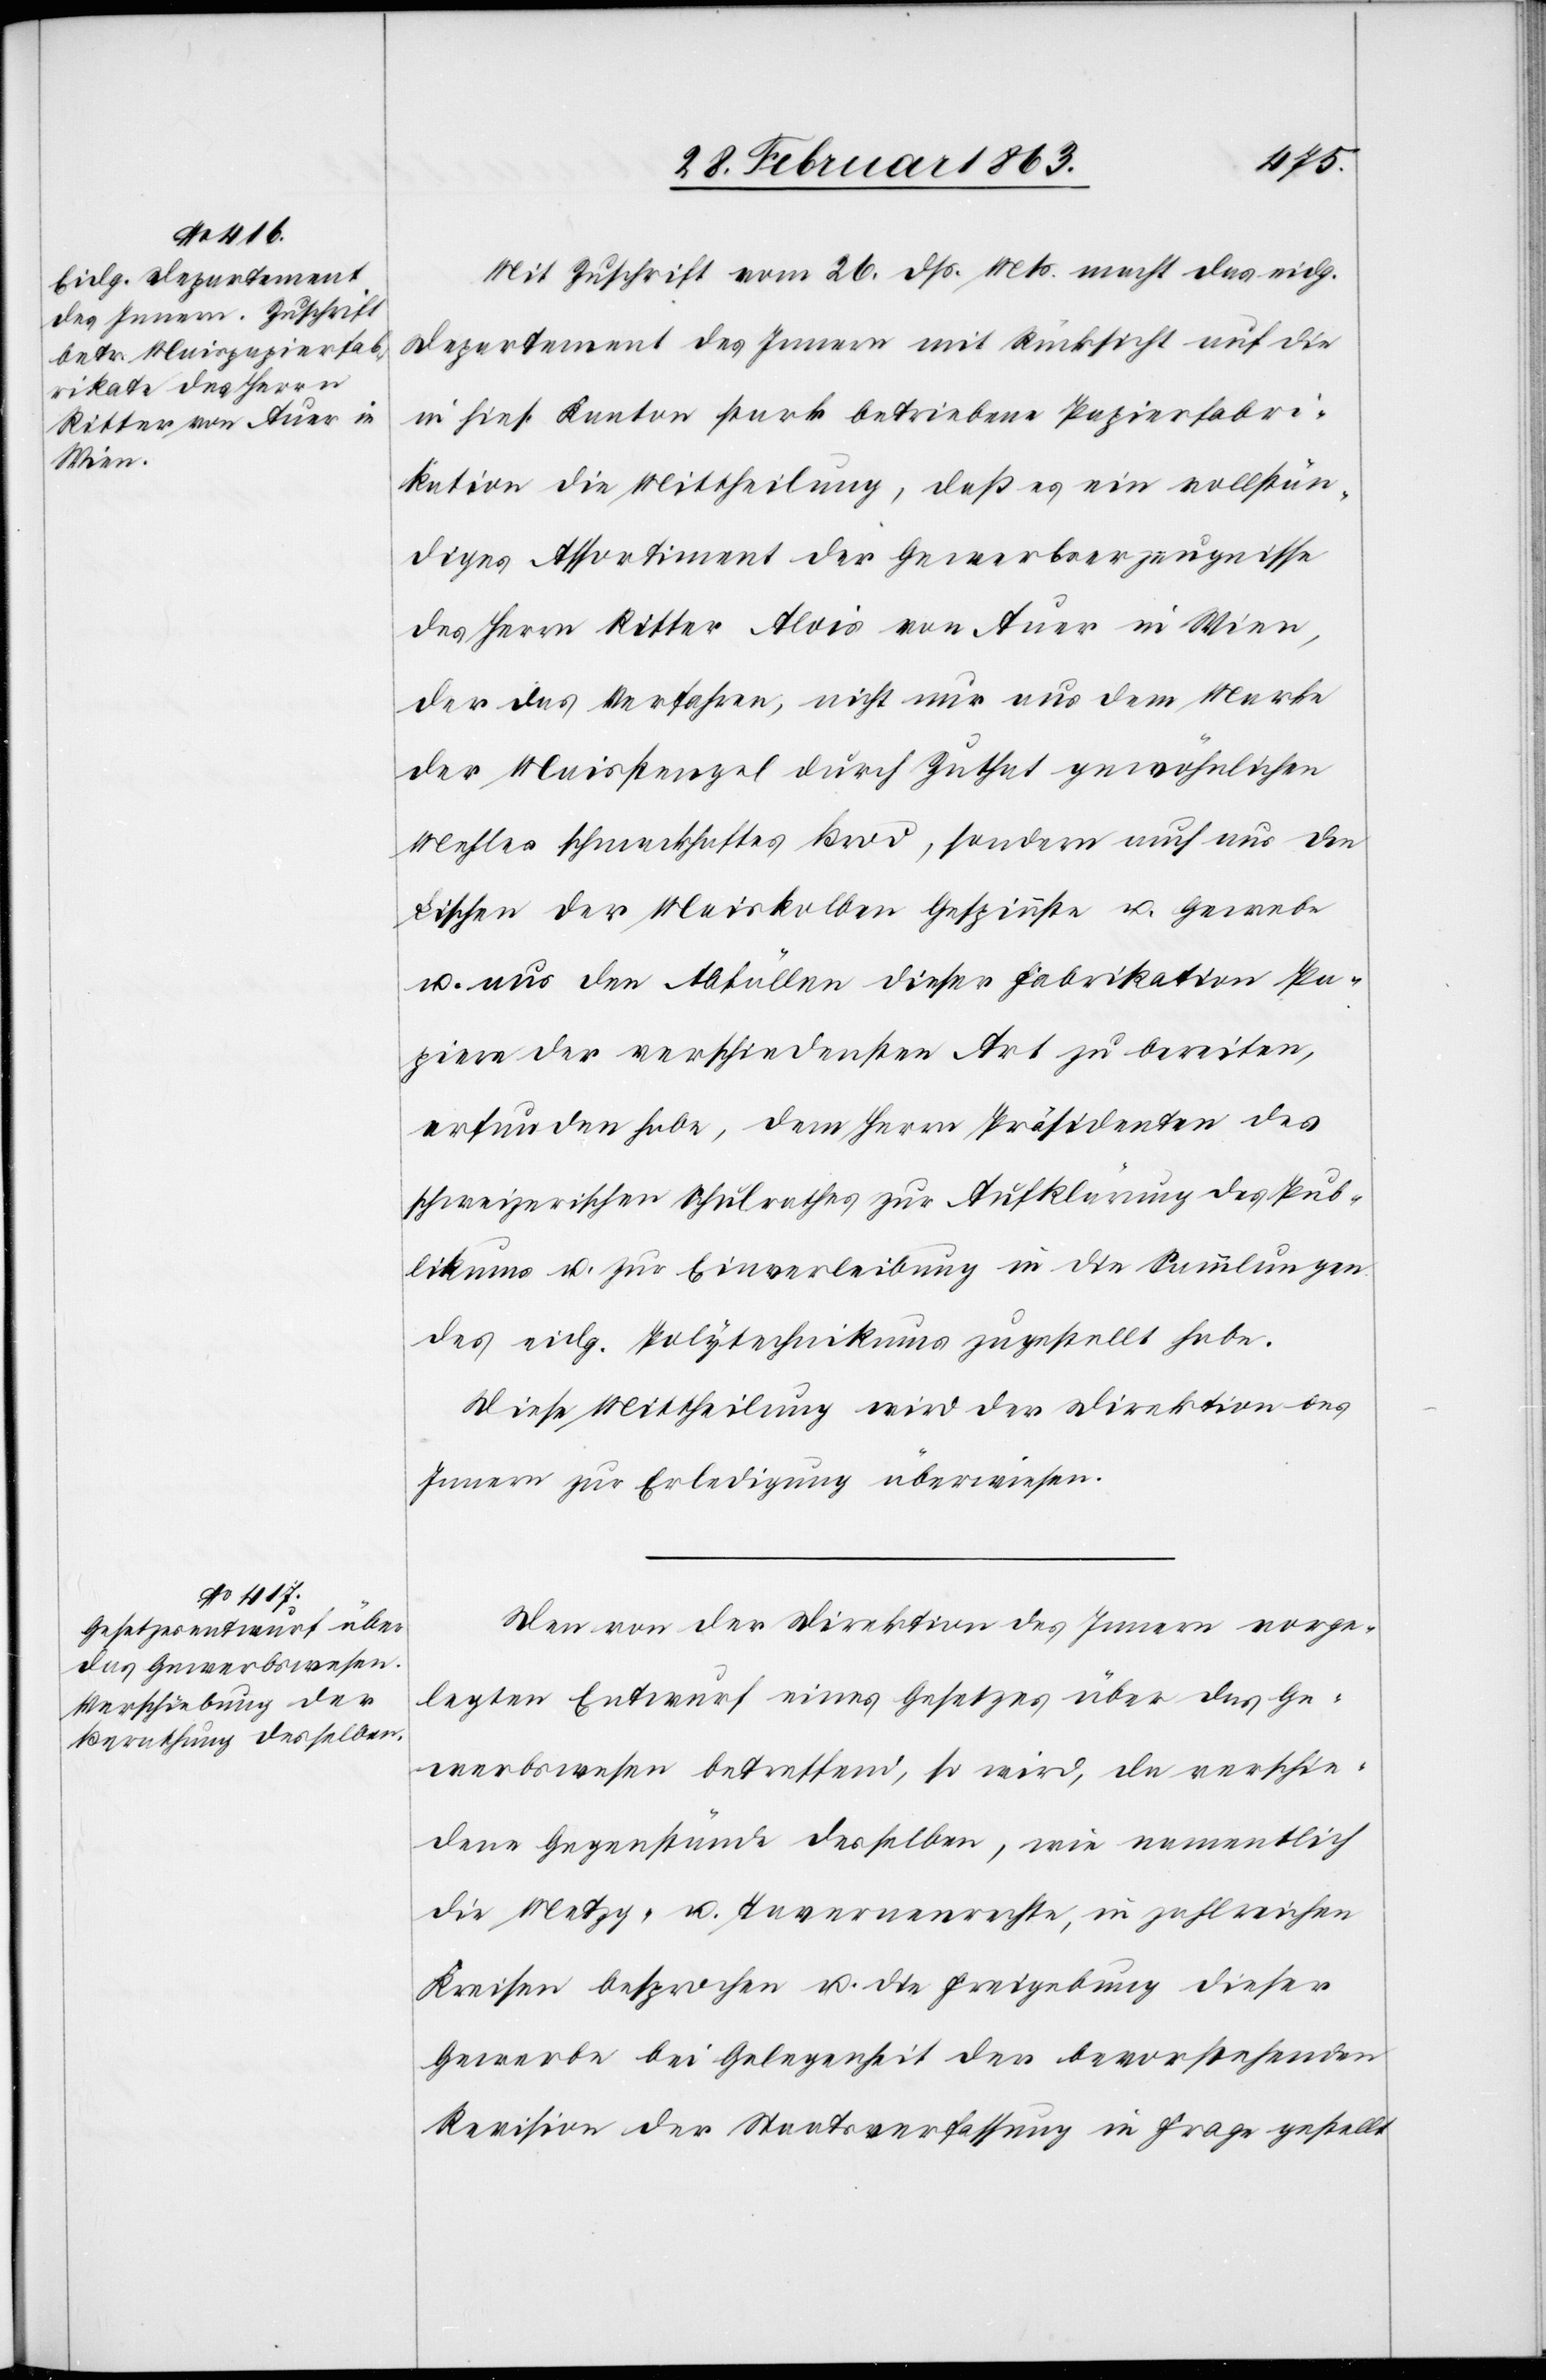
Mit Zuschrift vom 26. dß. Mts. macht das eidg.
Departement des Innern mit Rücksicht auf die
in hies. Kanton stark betriebene Papierfabri¬
kation die Mittheilung, daß es ein vollstän¬
diges Assortiment der Gewerbserzeugnisse
des Herrn Ritter Alois von Auer in Wien,
der das Verfahren, nicht nur aus dem Marke
der Maisstengel durch Zuthat gewöhnlichen
Mehles schmackhaftes Brod, sondern auch aus den
Lischen der Maiskolben Gespinnste u. Gewebe
u. aus den Abfällen dieser Fabrikation Pa¬
piere der verschiedensten Art zu bereiten,
erfunden habe, dem Herrn Präsidenten des
schweizerischen Schulrathes zur Aufklärung des Pub¬
likums u. zur Einverleibung in die Sammlungen
des eidg. Polytechnikums zugestellt habe.
Diese Mittheilung wird der Direktion des
Innern zur Erledigung überwiesen.
Den von der Direktion des Innern vorge¬
legten Entwurf eines Gesetzes über das Ge¬
werbswesen betreffend, so wird, da verschie¬
dene Gegenstände desselben, wie namentlich
die Metzg- u. Tavernenrechte, in zahlreichen
Kreisen besprochen u. die Freigebung dieser
Gewerbe bei Gelegenheit der bevorstehenden
Revision der Staatsverfassung in Frage gestellt